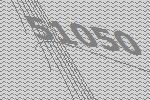
51050